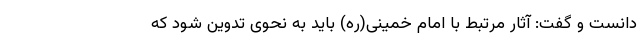
دانست و گفت: آثار مرتبط با امام خمینی(ره) باید به نحوی تدوین شود که